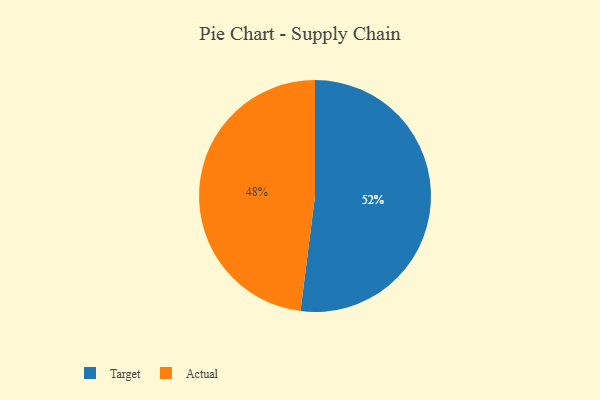
{"axis": {"x": "Category", "y": "Percentage"}, "legend": ["Actual", "Target"], "data": [{"x": "Target", "y": 52, "type": "Target"}, {"x": "Actual", "y": 48, "type": "Actual"}]}